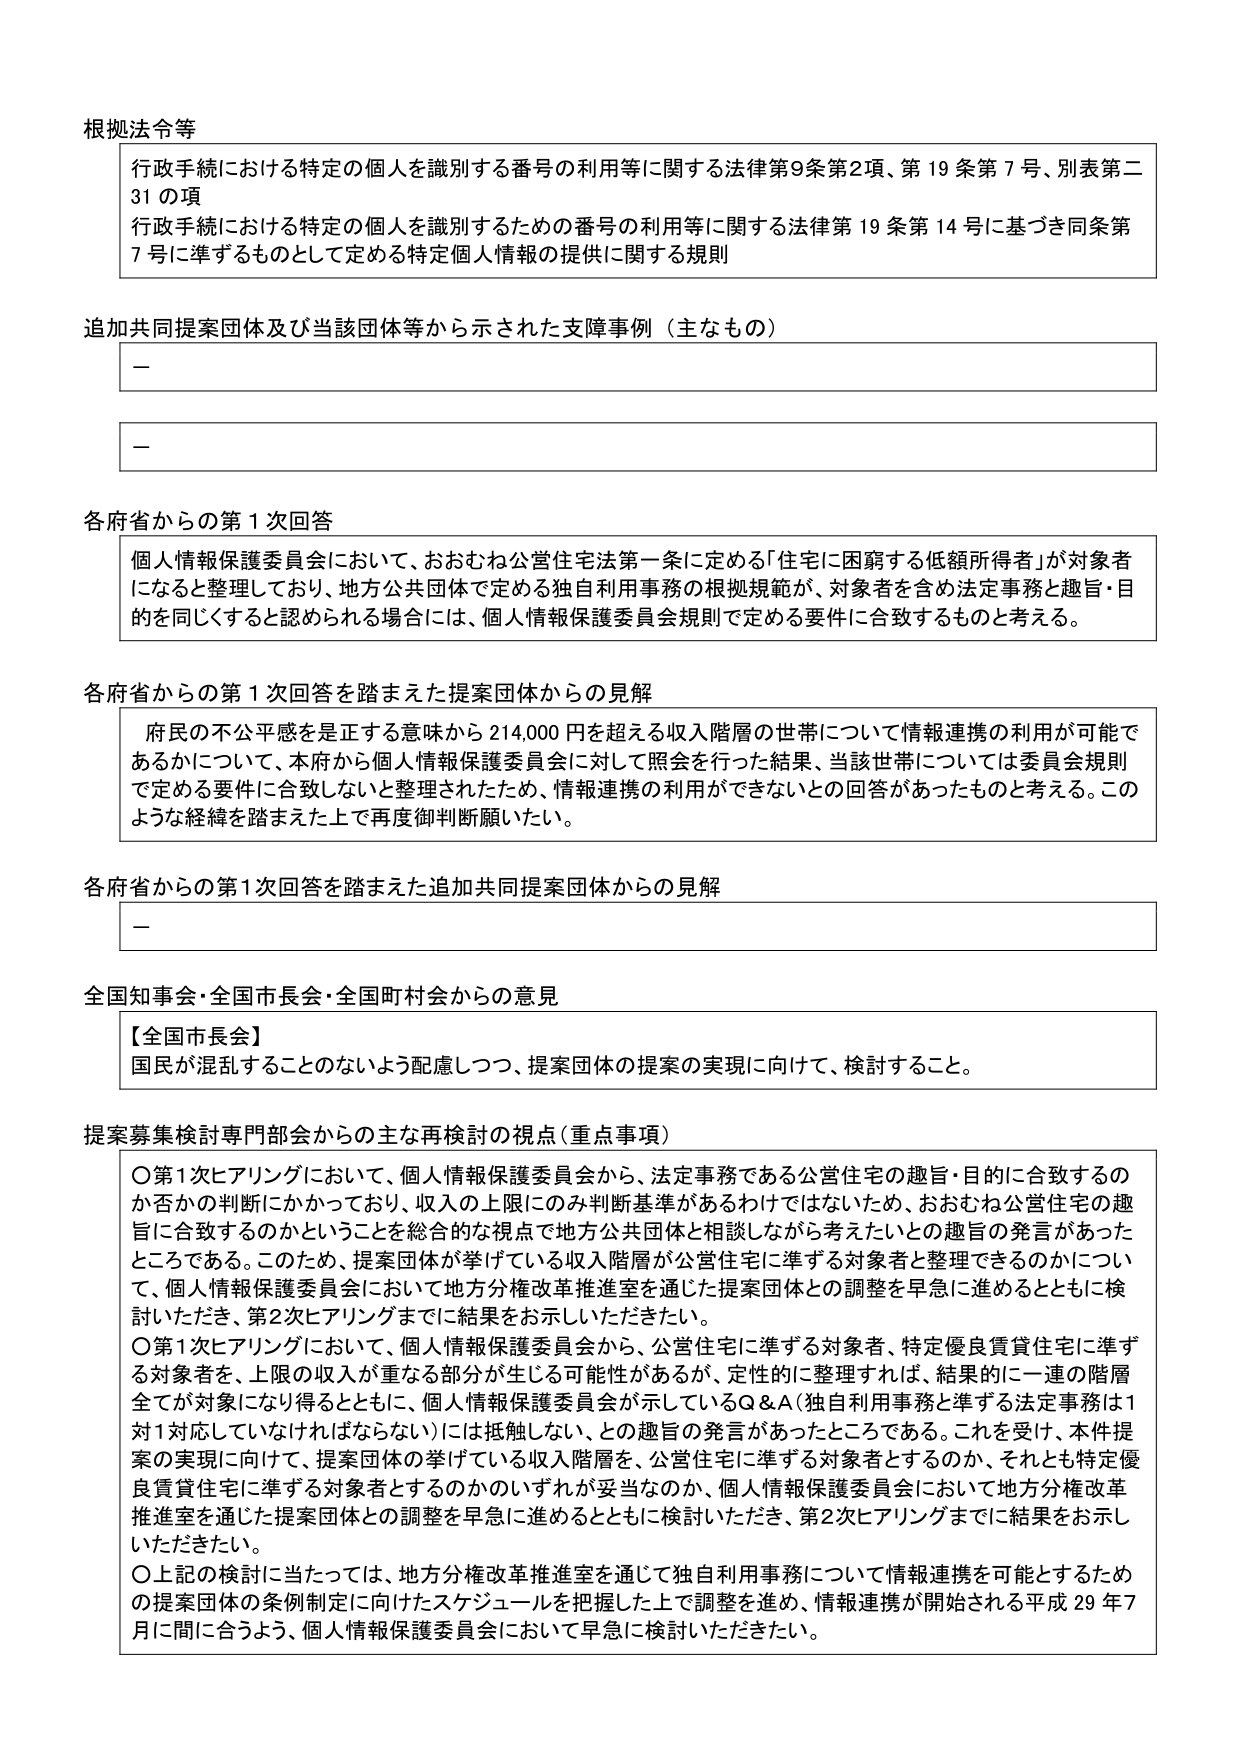
根拠法令等
行政手続における特定の個人を識別する番号の利用等に関する法律第9条第2項、第19条第7号、別表第二31の項
行政手続における特定の個人を識別するための番号の利用等に関する法律第19条第14号に基づき同条第7号に準ずるものとして定める特定個人情報の提供に関する規則

追加共同提案団体及び当該団体等から示された支障事例（主なもの）
－
－

各府省からの第1次回答
個人情報保護委員会において、おおむね公営住宅法第一条に定める「住宅に困窮する低額所得者」が対象者になると整理しており、地方公共団体で定める独自利用事務の根拠規範が、対象者を含め法定事務と趣旨・目的を同じくすると認められる場合には、個人情報保護委員会規則で定める要件に合致するものと考える。

各府省からの第1次回答を踏まえた提案団体からの見解
府民の不公平感を是正する意味から214,000円を超える収入階層の世帯について情報連携の利用が可能であるかについて、本府から個人情報保護委員会に対して照会を行った結果、当該世帯については委員会規則で定める要件に合致しないと整理されたため、情報連携の利用ができないとの回答があったものと考える。このような経緯を踏まえた上で再度御判断願いたい。

各府省からの第1次回答を踏まえた追加共同提案団体からの見解
－

全国知事会・全国市長会・全国町村会からの意見
【全国市長会】
国民が混乱することのないよう配慮しつつ、提案団体の提案の実現に向けて、検討すること。

提案募集検討専門部会からの主な再検討の視点（重点事項）
〇第1次ヒアリングにおいて、個人情報保護委員会から、法定事務である公営住宅の趣旨・目的に合致するのか否かの判断にかかっており、収入の上限にのみ判断基準があるわけではないため、おおむね公営住宅の趣旨に合致するのかということを総合的な視点で地方公共団体と相談しながら考えたいとの趣旨の発言があったところである。このため、提案団体が挙げている収入階層が公営住宅に準ずる対象者と整理できるのかについて、個人情報保護委員会において地方分権改革推進室を通じた提案団体との調整を早急に進めるとともに検討いただき、第2次ヒアリングまでに結果をお示しいただきたい。
〇第1次ヒアリングにおいて、個人情報保護委員会から、公営住宅に準ずる対象者、特定優良賃貸住宅に準ずる対象者を、上限の収入が重なる部分が生じる可能性があるが、定性的に整理すれば、結果的に一連の階層全てが対象になり得るとともに、個人情報保護委員会が示しているQ&A（独自利用事務と準ずる法定事務は1対1対応していなければならない）には抵触しない、との趣旨の発言があったところである。これを受けて、本件提案の実現に向けて、提案団体の挙げている収入階層を、公営住宅に準ずる対象者とするのか、それとも特定優良賃貸住宅に準ずる対象者とするのかのいずれが妥当なのか、個人情報保護委員会において地方分権改革推進室を通じた提案団体との調整を早急に進めるとともに検討いただき、第2次ヒアリングまでに結果をお示しいただきたい。
〇上記の検討に当たっては、地方分権改革推進室を通じて独自利用事務について情報連携を可能とするための提案団体の条例制定に向けたスケジュールを把握した上で調整を進め、情報連携が開始される平成29年7月に間に合うよう、個人情報保護委員会において早急に検討いただきたい。